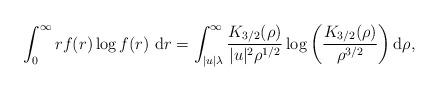
LaTeX: \begin{align*} &\int_0^\infty r f(r) \log f(r) ~ \mathrm{d}r = \int_{|u|\lambda}^\infty \frac{K_{3/2}(\rho)}{|u|^2\rho^{1/2}} \log \left( \frac{K_{3/2}(\rho)}{\rho^{3/2}} \right) \mathrm{d}\rho ,\end{align*}